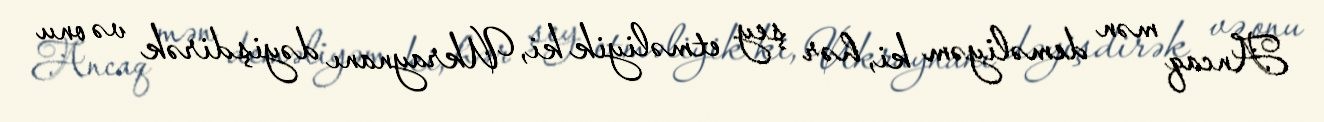
Ancaq mən deməliyəm ki, hər şey etməliyik ki, Ukraynanı dəyişdirək və onu